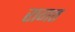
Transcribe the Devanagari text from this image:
रागत